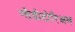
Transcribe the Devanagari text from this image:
ग्लैडीटोरिअम